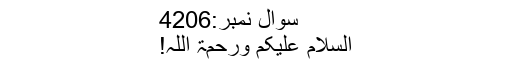
سوال نمبر:4206
السلام علیکم ورحمۃ اللہ!